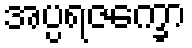
အပ္ပရဇက္ခော